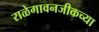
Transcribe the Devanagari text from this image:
राळेगावनजीकच्या